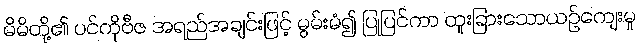
မိမိတို့၏ ပင်ကိုဗီဇ အရည်အချင်းဖြင့် မွမ်းမံ၍ ပြုပြင်ကာ ထူးခြားသောယဉ်ကျေးမှု